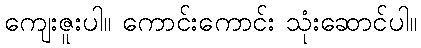
ကျေးဇူးပါ။ ကောင်းကောင်း သုံးဆောင်ပါ။